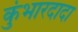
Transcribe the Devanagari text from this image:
कुंभारदादा